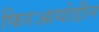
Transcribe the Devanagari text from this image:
फिरआयोडीन